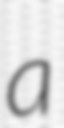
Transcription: a